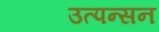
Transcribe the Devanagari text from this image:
उत्पन्सन